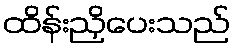
ထိန်းညှိပေးသည်